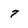
Character: 7